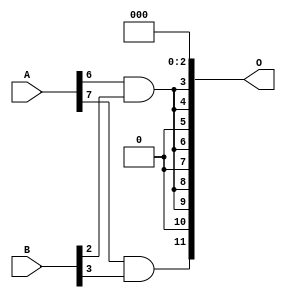
// This program was cloned from: https://github.com/ehw-fit/evoapproxlib
// License: MIT License

/***
* This code is a part of EvoApproxLib library (ehw.fit.vutbr.cz/approxlib) distributed under The MIT License.
* When used, please cite the following article(s): V. Mrazek, L. Sekanina, Z. Vasicek "Libraries of Approximate Circuits: Automated Design and Application in CNN Accelerators" IEEE Journal on Emerging and Selected Topics in Circuits and Systems, Vol 10, No 4, 2020 
* This file contains a circuit from a sub-set of pareto optimal circuits with respect to the pwr and mse parameters
***/
// MAE% = 9.08 %
// MAE = 372 
// WCE% = 34.11 %
// WCE = 1397 
// WCRE% = 234.38 %
// EP% = 93.33 %
// MRE% = 67.10 %
// MSE = 230371 
// PDK45_PWR = 0.0006 mW
// PDK45_AREA = 4.7 um2
// PDK45_DELAY = 0.04 ns

module mul8x4u_134 (
    A,
    B,
    O
);

input [7:0] A;
input [3:0] B;
output [11:0] O;

wire sig_26,sig_43;

assign sig_26 = A[6] & B[2];
assign sig_43 = A[7] & B[3];

assign O[11] = sig_43;
assign O[10] = 1'b0;
assign O[9] = sig_26;
assign O[8] = sig_26;
assign O[7] = 1'b0;
assign O[6] = sig_26;
assign O[5] = 1'b0;
assign O[4] = sig_26;
assign O[3] = sig_26;
assign O[2] = 1'b0;
assign O[1] = 1'b0;
assign O[0] = 1'b0;

endmodule